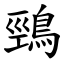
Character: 鵛